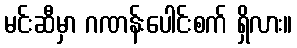
မင်းဆီမှာ ဂဏန်းပေါင်းစက် ရှိလား။